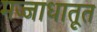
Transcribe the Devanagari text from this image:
मज्जाधातूत